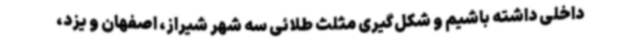
داخلی داشته باشیم و شکل‌گیری مثلث طلائی سه شهر شیراز، اصفهان و یزد،